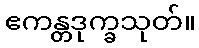
ဧကန္တဒုက္ခသုတ်။